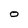
Character: O